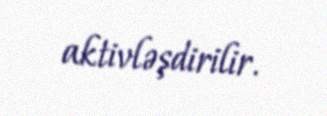
aktivləşdirilir.